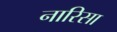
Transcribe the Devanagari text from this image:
नारिसा